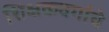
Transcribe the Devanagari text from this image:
शिक्षकवर्गाचे